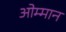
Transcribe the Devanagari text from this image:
ओम्मान